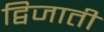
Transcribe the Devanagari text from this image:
द्विजाती